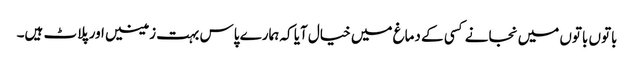
باتوں باتوں میں نجانے کسی کے دماغ میں خیال آیا کہ ہمارے پاس بہت زمینیں اور پلاٹ ہیں۔